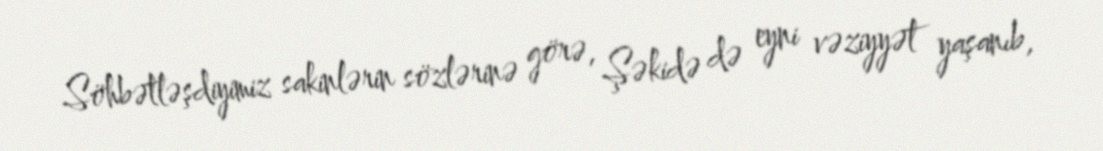
Söhbətləşdiyimiz sakinlərin sözlərinə görə, Şəkidə də eyni vəziyyət yaşanıb,